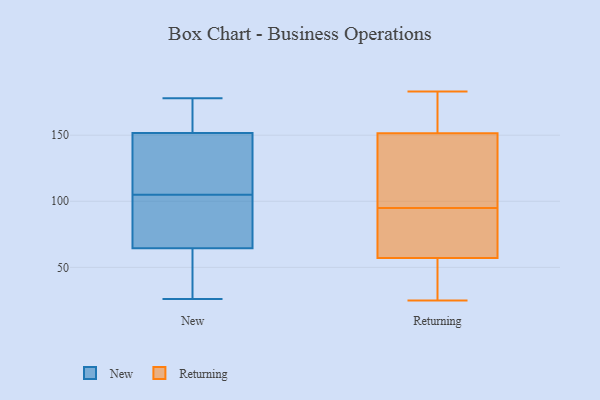
{"axis": {"x": "Production Output", "y": "Value"}, "legend": ["New", "Returning"], "data": [{"x": "", "y": 151, "type": "New"}, {"x": "", "y": 60, "type": "New"}, {"x": "", "y": 178, "type": "New"}, {"x": "", "y": 114, "type": "New"}, {"x": "", "y": 73, "type": "New"}, {"x": "", "y": 118, "type": "New"}, {"x": "", "y": 92, "type": "New"}, {"x": "", "y": 58, "type": "New"}, {"x": "", "y": 159, "type": "New"}, {"x": "", "y": 141, "type": "New"}, {"x": "", "y": 99, "type": "New"}, {"x": "", "y": 63, "type": "New"}, {"x": "", "y": 152, "type": "New"}, {"x": "", "y": 43, "type": "New"}, {"x": "", "y": 178, "type": "New"}, {"x": "", "y": 69, "type": "New"}, {"x": "", "y": 26, "type": "New"}, {"x": "", "y": 153, "type": "New"}, {"x": "", "y": 105, "type": "New"}, {"x": "", "y": 56, "type": "Returning"}, {"x": "", "y": 160, "type": "Returning"}, {"x": "", "y": 112, "type": "Returning"}, {"x": "", "y": 66, "type": "Returning"}, {"x": "", "y": 167, "type": "Returning"}, {"x": "", "y": 94, "type": "Returning"}, {"x": "", "y": 25, "type": "Returning"}, {"x": "", "y": 27, "type": "Returning"}, {"x": "", "y": 183, "type": "Returning"}, {"x": "", "y": 150, "type": "Returning"}, {"x": "", "y": 152, "type": "Returning"}, {"x": "", "y": 27, "type": "Returning"}, {"x": "", "y": 60, "type": "Returning"}, {"x": "", "y": 95, "type": "Returning"}, {"x": "", "y": 140, "type": "Returning"}]}